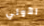
الأولي